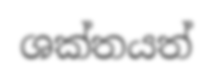
ශක්තයත්